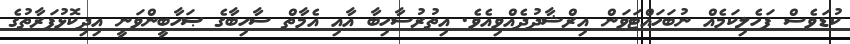
ކުޑަވެސް ފަހެލިކަމެއް ނުބަހައްޓަވަން އިރްޝާދުދެއްވިއެވެ. އިތުރުސާހިބާ އާއި އެމާތް ސާހިބާގެ ޞަހާބީންވަނީ އިދިކޮޅުފަރާތުގެ